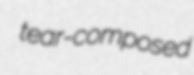
tear-composed